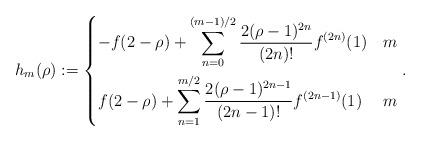
LaTeX: \begin{align*} h_m(\rho) := \begin{dcases} -f(2-\rho) + \sum_{n = 0}^{(m-1)/2} \frac{2(\rho-1)^{2n} }{(2n)!} f^{(2n)}(1) & m \\ f(2-\rho) + \sum_{n = 1}^{m/2} \frac{2(\rho-1)^{2n-1} }{(2n-1)!} f ^{(2n-1)}(1) & m \end{dcases}. \end{align*}